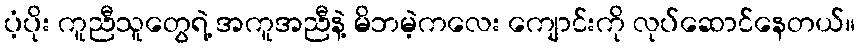
ပံ့ပိုး ကူညီသူတွေရဲ့ အကူအညီနဲ့ မိဘမဲ့ကလေး ကျောင်းကို လုပ်ဆောင်နေတယ်။